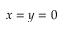
x = y = 0